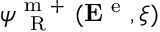
\psi _ { \mathrm { ~ \tiny ~ R ~ } } ^ { \mathrm { ~ m ~ + ~ } } ( { \bf E } ^ { \mathrm { ~ e ~ } } , \xi )